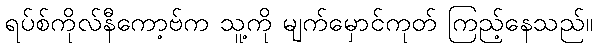
ရပ်စ်ကိုလ်နီကော့ဗ်က သူ့ကို မျက်မှောင်ကုတ် ကြည့်နေသည်။